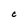
Character: C